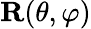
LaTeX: \mathbf{R}(\theta,\varphi)